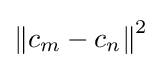
\left\|c_{m}-c_{n}\right\|^{2}